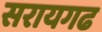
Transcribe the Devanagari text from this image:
सरायगढ